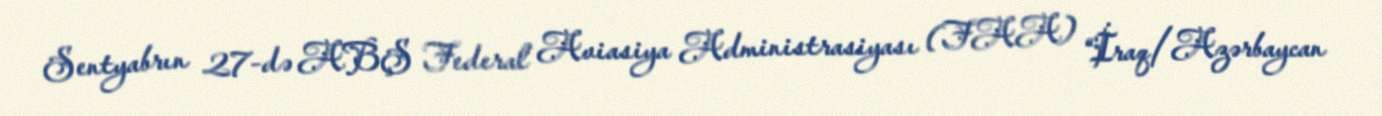
Sentyabrın 27-də ABŞ Federal Aviasiya Administrasiyası (FAA) “İraq/Azərbaycan